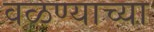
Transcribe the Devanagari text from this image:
वळण्याच्या